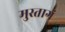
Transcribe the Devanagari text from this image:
मुस्तागं